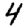
Digit: 4